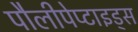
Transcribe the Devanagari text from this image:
पौलीपेप्टाइड्स